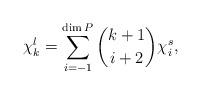
LaTeX: \begin{align*} \chi^l_k = \sum_{i = -1}^{\dim P} \binom{k+1}{i+2} \chi^s_i,\end{align*}